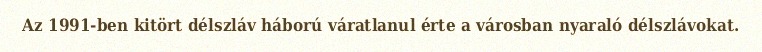
Az 1991-ben kitört délszláv háború váratlanul érte a városban nyaraló délszlávokat.